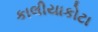
કાલીયાકોટા